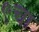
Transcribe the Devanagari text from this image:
९चा